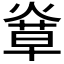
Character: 𤌸